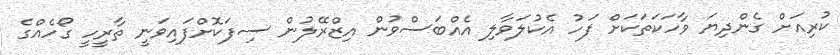
ކުރިއަށް ގެންދިޔަ ވާހަކަތަކަށް ފަހު އެކުލަވާލި އެއްބަސްވުން އިޒްރޭލުން ސިފަކޮށްފައިވަނީ ތާރީހީ ގޯހެއްގެ